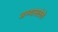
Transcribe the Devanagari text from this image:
अभ्यासलेले